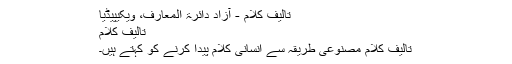
تالیف کلام - آزاد دائرۃ المعارف، ویکیپیڈیا
تالیف کلام
تالیفِ کلام مصنوعی طریقہ سے انسانی کلام پیدا کرنے کو کہتے ہیں۔